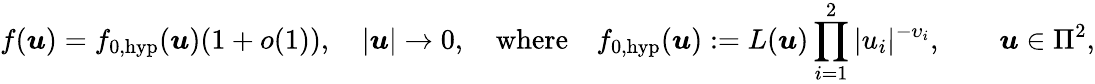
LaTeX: f(\boldsymbol{u})=f_{0,\mathrm{hyp}}(\boldsymbol{u})(1+o(1)),\quad|\boldsymbol{u}|\to 0,\quad\mathrm{where}\quad f_{0,\mathrm{hyp}}(\boldsymbol{u}):=L(\boldsymbol{u})\prod_{i=1}^{2}|u_{i}|^{-\upsilon_{i}},\qquad\boldsymbol{u}\in\Pi^{2},